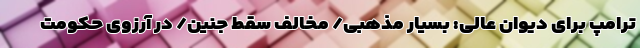
ترامپ برای دیوان عالی: بسیار مذهبی/ مخالف سقط جنین/ در آرزوی حکومت